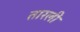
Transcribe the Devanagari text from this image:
तारली